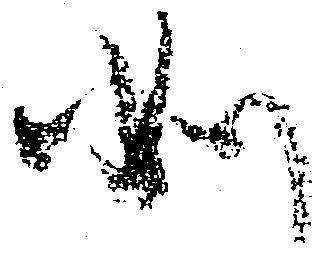
如